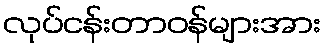
လုပ်ငန်းတာဝန်များအား